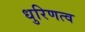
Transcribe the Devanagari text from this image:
धुरिणत्व